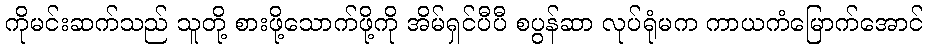
ကိုမင်းဆက်သည် သူတို့ စားဖို့သောက်ဖို့ကို အိမ်ရှင်ပီပီ စပွန်ဆာ လုပ်ရုံမက ကာယကံမြောက်အောင်